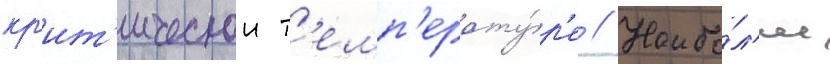
кр'ит'ическои т'емп'ерату́р'е // Наибо́л'ее